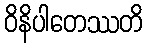
ဝိနိပါတေဿတိ